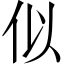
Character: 似